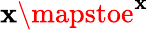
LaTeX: \mathbf{x}\mapstoe^{\mathbf{x}}